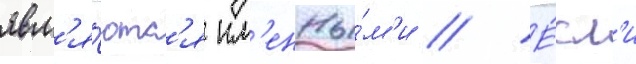
явл'я́ютс'я им'енны́м'и // Е́сл'и